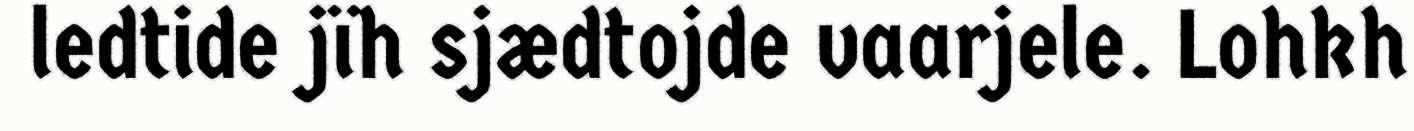
ledtide jïh sjædtojde vaarjele. Lohkh